Bréfritari: Sigríður Pálsdóttir
Viðtakandi: Páll Pálsson
Dagsetning: A-1862-12-07
Skrifað á: Breiðabólsstað  Rang.
Páll var bróðir Sigríðar

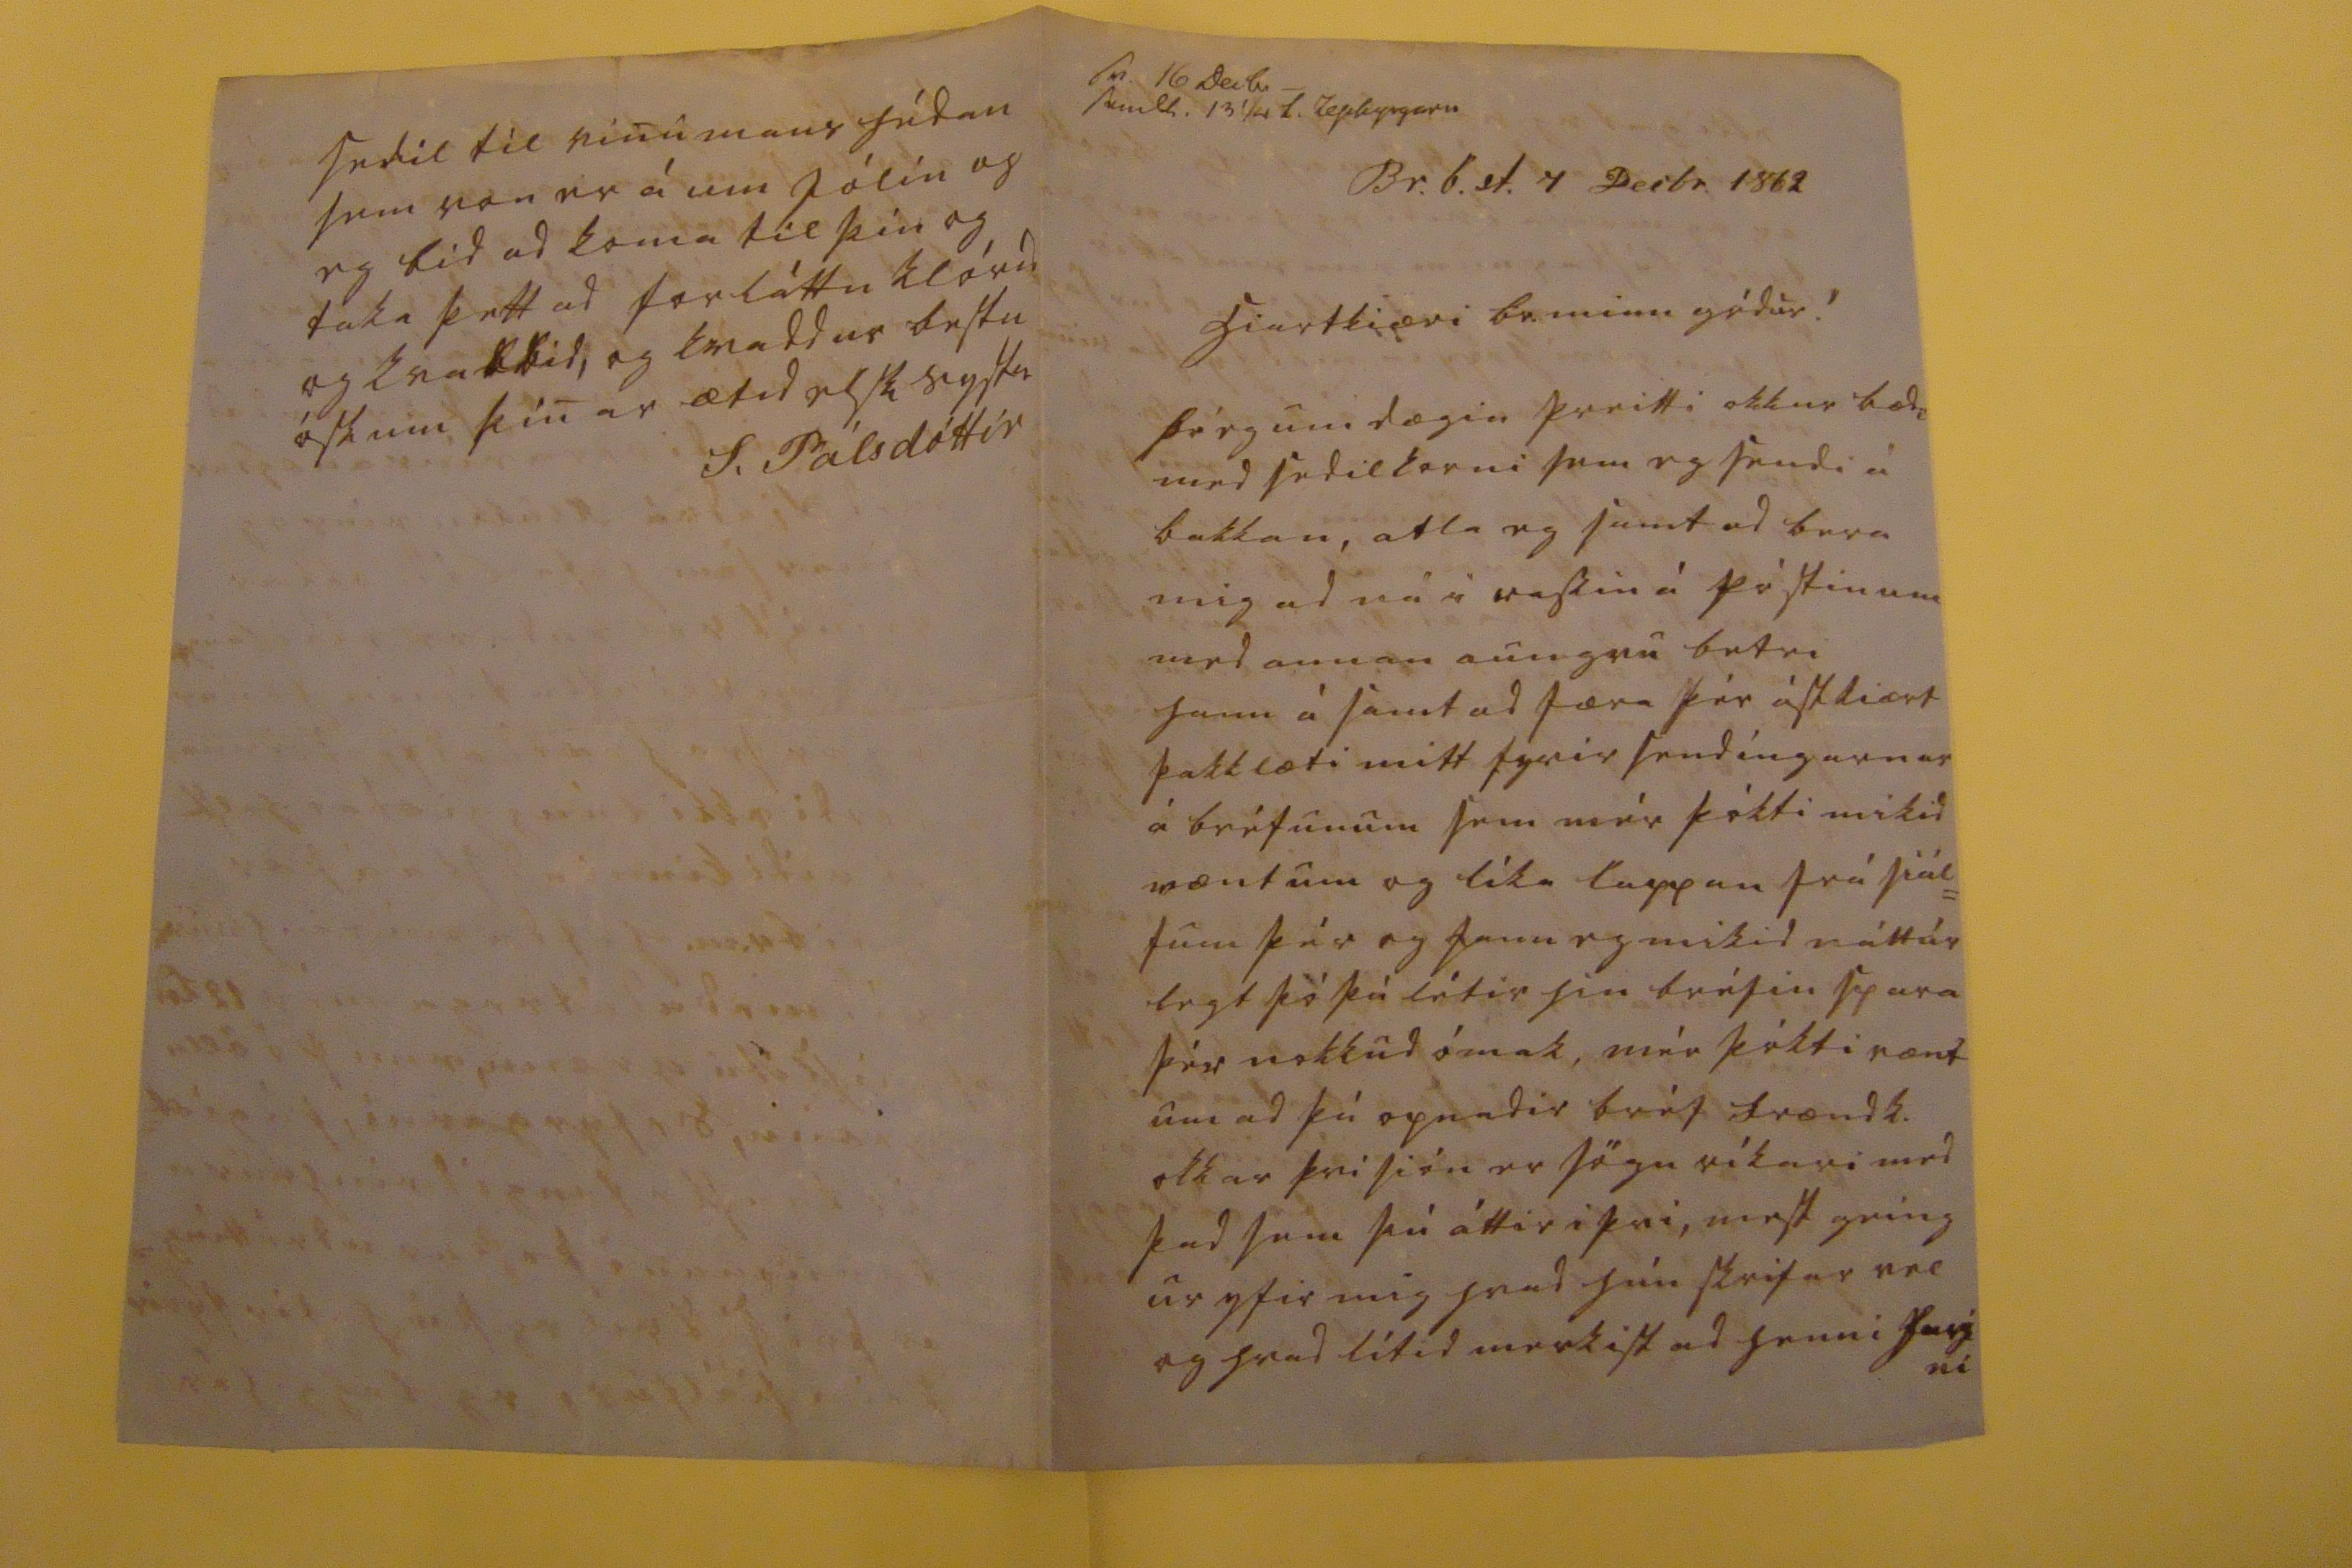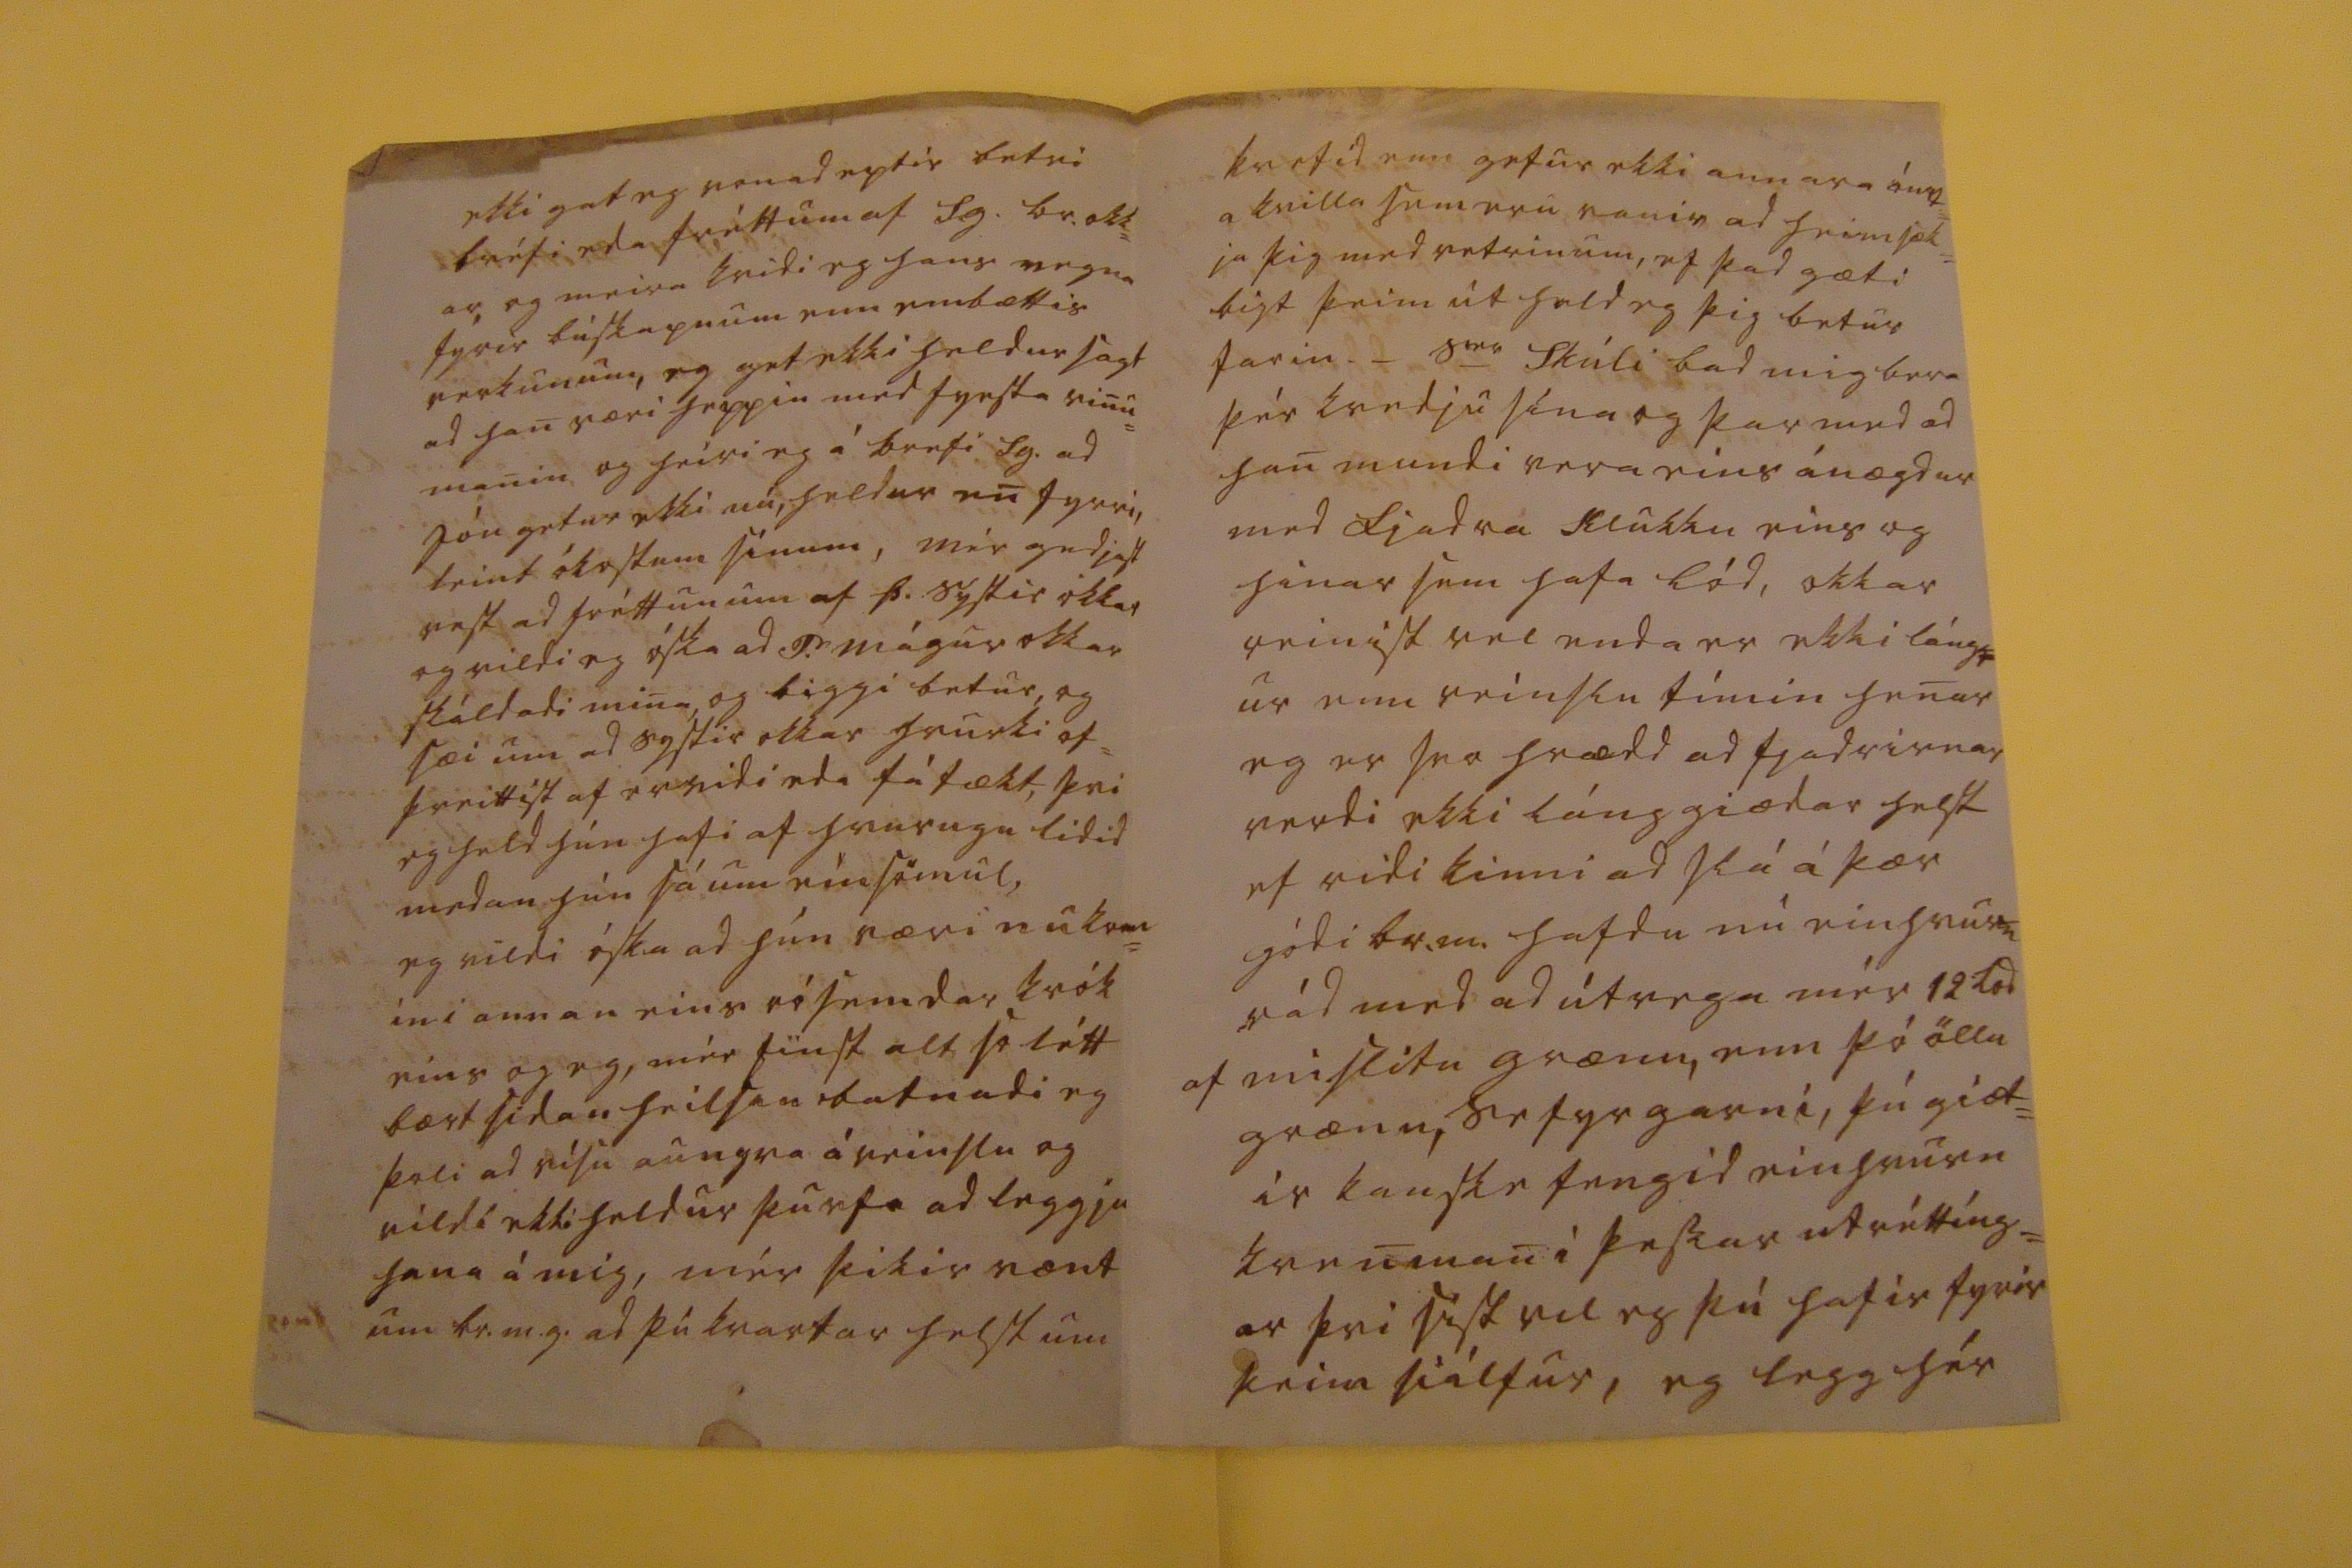

sv. 16 Decbr_ send0. 13 1/4 l. 00pbyrg000
Br.b.st. 7 Decbr. 1862
hiartkiæri br. minn gódur!
þó eg um dægin þreitti okkur bædi med sedilkorni sem eg sendi á bakkan, atla eg samt ad bera mig ad ná i rassin á póstinum med annan aungvu betri hann á samt ad færa þér ástkiært þakklæti mitt fyrir sendíngarnar á bréfunum sem mér þókti mikid vænt um og líka lappan frá siál= fum þér og fann eg mikid náttúr legt þó þú létir hin bréfin spara þér nokkud ómak, mér þókti vænt um ad þú opnadir bréf frændk. okkar þvi sión er sögu ríkari med þad sem þú áttir i þvi, mest geing ur yfir mig hvad hún skrifar vel og hvad lítid merkist ad henni
0a0ni
ekki gat eg vonad eptir betri bréfi eda fréttum af S.g. br. okk= ar, og meira kvidi eg hans vegna fyrir búskapnum enn embættis verkunum, eg get ekki heldur sagt ad han væri heppin med fyrsta vinu= manin, og heiri eg á brefi Sg. ad Jón getur ekki nú, heldur en fyrri, leint ókostum sínum, mér gedjast vest ad fréttunum af Þ. systir okkar og vildi eg óska ad P. mágur okkar skáldadi mina , og biggi betur, og sæi um ad systir okkar hvurki of= þreittist af ervidi eda fátækt, þvi eg held hún hafi af hvurugu lidid medan hún sá um einsömul, eg vildi óska ad hún væri nú kom= in i annan eins rósemdar krók eins og eg, mér finst alt se létt bært sidan heilsan batnadi eg þoli ad vísu aungva áreinslu og vildi ekki heldur þurfa ad leggja hana á mig, mér þikir vænt um br.m.g. ad þú kvartar helst um
kvefid enn getur ekki annara
ón00= a
kvilla sem eru vanir ad heimsæk= ja þig med vetrinum, ef þad gæti
bigt
þeim út held eg þig betur farin. _ s
00
Skúli bad mig bera þer kvedju sína og þar med ad han mundi vera eins ánægdur med fjadra klukku eins og hinar sem hafa lód, okkar reinist vel enda er ekki láng
g
ur enn reinslu tímin henar eg er svo hrædd ad fjadrirnar verdi ekki lánggiædar helst ef ridi kinni ad slá á þær gódi br.m. hafdu nú einhvurn rád med ad útvega mér 12 lod af mislitu grænu, enn þó öllu grænu, se fyr garni, þú giæt= ir kanske fengid einhvurn kvenman i þessar utréttíng= ar þvi síst vil eg þú hafir fyrir þeim siálfur, eg legg hér
sedil til vinumans hédan sem von er á um jólin og eg bid ad koma til þín og taka þettad forláttu klórid og kvabbid, og kvaddur bestu óskum þinar ætid elsk systir
S. Pálsdóttir